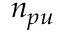
n _ { p u }